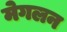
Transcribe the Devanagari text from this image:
मेगलन